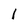
Character: 1